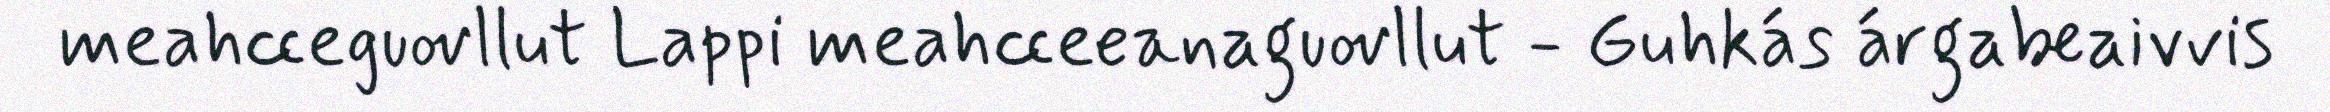
meahcceguovllut Lappi meahcceeanaguovllut - Guhkás árgabeaivvis